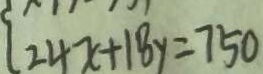
2 4 x + 1 8 y = 7 5 0